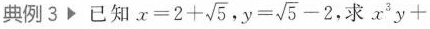
典例3已知 $$x = 2 + \sqrt { 5 }$$ . $$y = \sqrt { 5 } - 2$$，求$$x ^ { 3 } y +